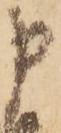
申